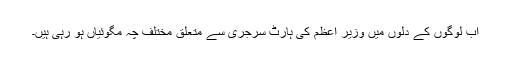
اب لوگوں کے دلوں میں وزیر اعظم کی ہارٹ سرجری سے متعلق مختلف چہ مگوئیاں ہو رہی ہیں۔